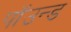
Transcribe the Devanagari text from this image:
पॉउन्ड